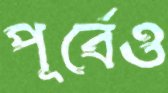
পূর্বেও